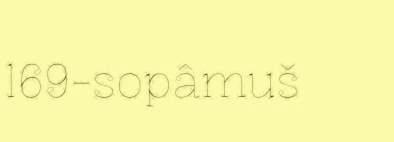
169-sopâmuš